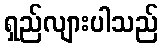
ရှည်လျားပါသည်